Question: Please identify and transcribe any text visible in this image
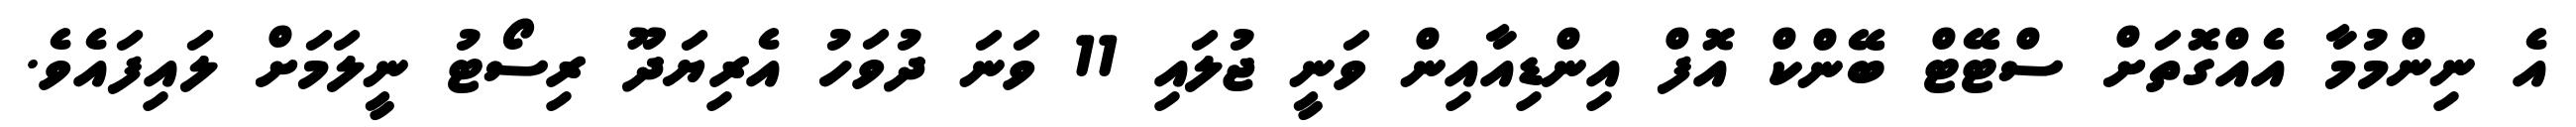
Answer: އެ ނިންމުމާ އެއްގޮތަށް ސްޓޭޓް ބޭންކް އޮފް އިންޑިއާއިން ވަނީ ޖުލައި 11 ވަނަ ދުވަހު އެރިޔަދޫ ރިސޯޓު ނީލަމަށް ލައިފައެވެ.